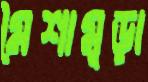
মৈশামূড়া